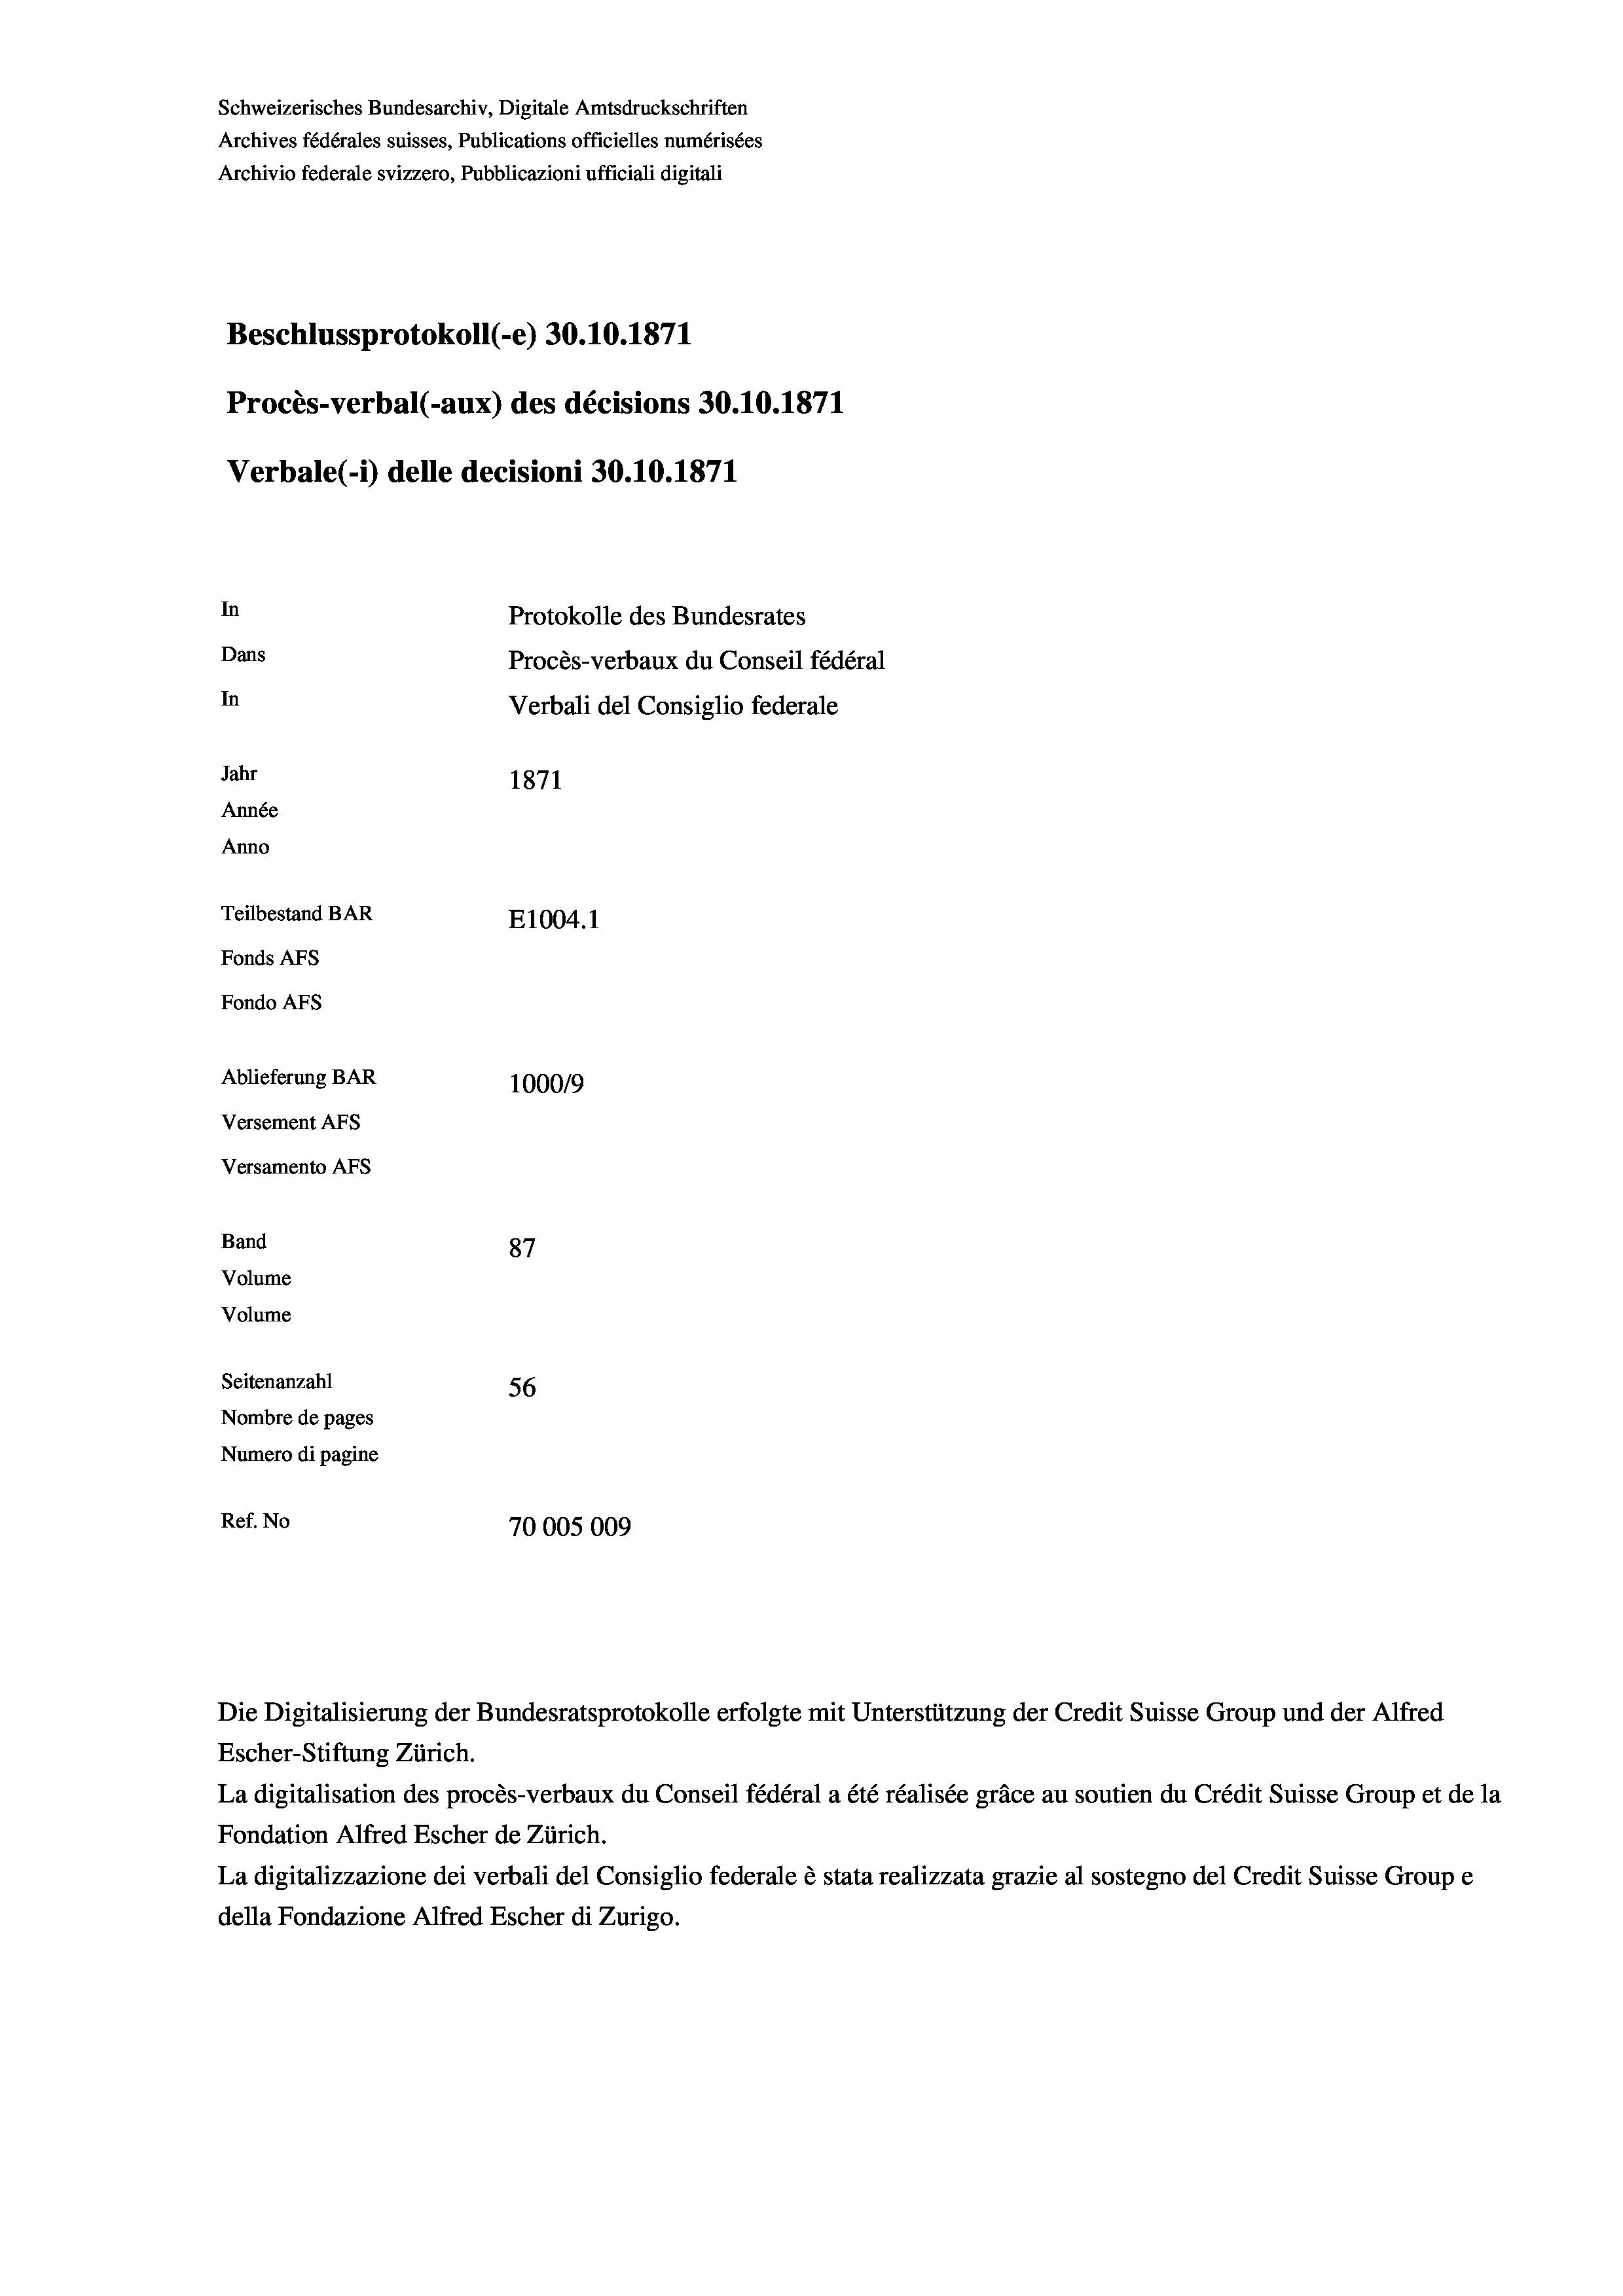
Schweizerisches Bundesarchiv, Digitale Amtsdruckschriften
Archives fédérales suisses, Publications officielles numérisées
Archivio federale svizzero, Pubblicazioni ufficiali digitali
Beschlussprotokoll (-e) 30.10.1871
Procès-verbal (-aux) des décisions 30.10.1871
Verbale (- 1) delle decisioni 30.10.1871
In
Protokolle des Bundesrates
Dans
Procès-verbaux du Conseil fédéral
In
Verbali del Consiglio federale
Jahr
1871
Année
Anno
Teilbestand BAR
E1004.1
Fonds AFs
Fondo AFs
Ablieferung BAR
1000/9
Versement Abs
Versamento AFs
Band
87
Volume

Volume
Seitenanzahl
56
Nombre de pages
Numero di pagine
Ref. No
70005009

Die Digitalisierung der Bundesratsprotokolle erfolgte mit Unterstützung der Credit Suisse Group und der Alfred
Escher-Stiftung Zürich.
La digitalisation des procès-verbaux du Conseil fédéral a été réalisée gräce au soutien du Crédit Suisse Group et de la
Fondation Alfred Escher de Zürich.
La digitalizzazione dei verbali del Consiglio federale è stata realizzata grazie al sostegno del Credit Suisse Groupe
della Fondazione Alfred Escher di Zurigo.